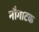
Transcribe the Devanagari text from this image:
नौगाटक